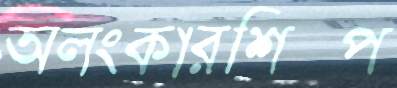
অলংকারশিল্প